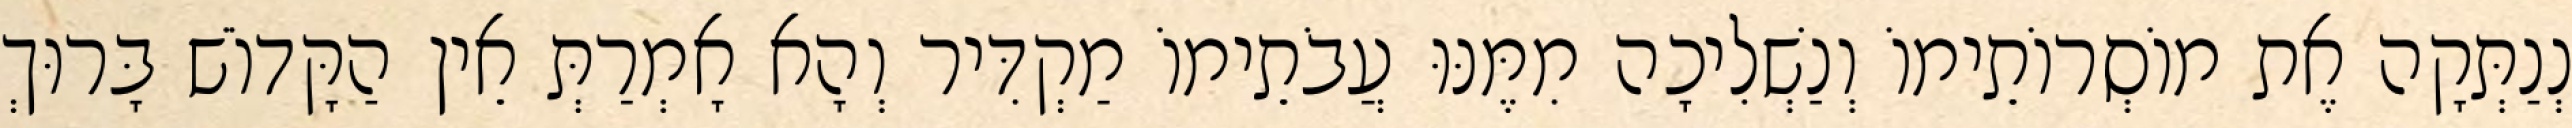
נְנַתְּקָה אֶת מוֹסְרוֹתֵימוֹ וְנַשְׁלִיכָה מִמֶּנּוּ עֲבֹתֵימוֹ מַקְדִּיר וְהָא אָמְרַתְּ אֵין הַקָּדוֹשׁ בָּרוּךְ